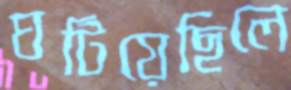
ঘটিয়েছিলে